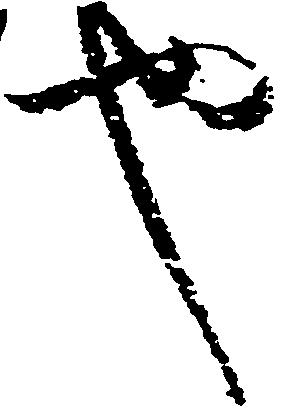
也